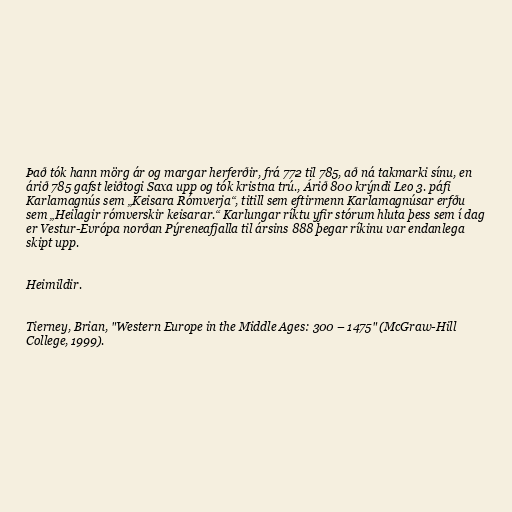
Það tók hann mörg ár og margar herferðir, frá 772 til 785, að ná takmarki sínu, en
árið 785 gafst leiðtogi Saxa upp og tók kristna trú., Árið 800 krýndi Leo 3. páfi
Karlamagnús sem „Keisara Rómverja“, titill sem eftirmenn Karlamagnúsar erfðu
sem „Heilagir rómverskir keisarar.“ Karlungar ríktu yfir stórum hluta þess sem í dag
er Vestur-Evrópa norðan Pýreneafjalla til ársins 888 þegar ríkinu var endanlega
skipt upp.

Heimildir.

Tierney, Brian, "Western Europe in the Middle Ages: 300 – 1475" (McGraw-Hill
College, 1999).